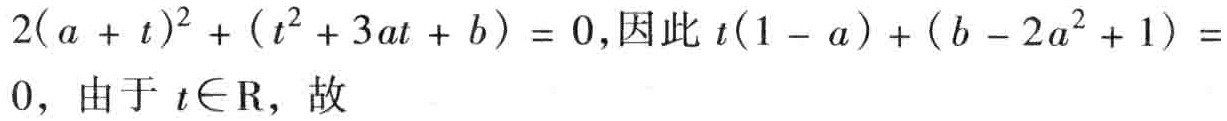
\(2(a + t)^{2}+(t^{2}+3at + b)=0\text{,因此 }t(1 - a)+(b - 2a^{2}+1)=0\text{, 由于 }t\in\mathrm{R}\text{, 故}\)